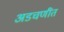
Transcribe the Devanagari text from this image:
अडचणींत